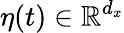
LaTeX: \eta(t)\in\mathbb{R}^{d_{x}}